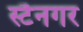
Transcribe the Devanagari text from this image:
स्टैनगर